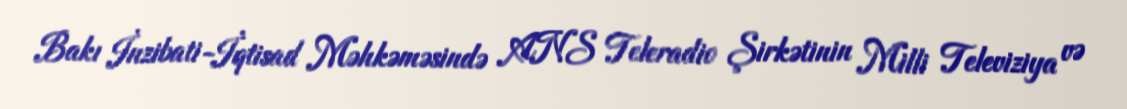
Bakı İnzibati-İqtisad Məhkəməsində ANS Teleradio Şirkətinin Milli Televiziya və